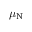
\mu _ { \mathrm { { N } } }